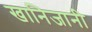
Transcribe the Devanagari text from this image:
खानिजानी